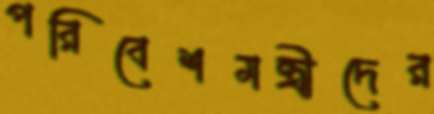
পরিবেশমন্ত্রীদের